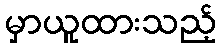
မှာယူထားသည့်